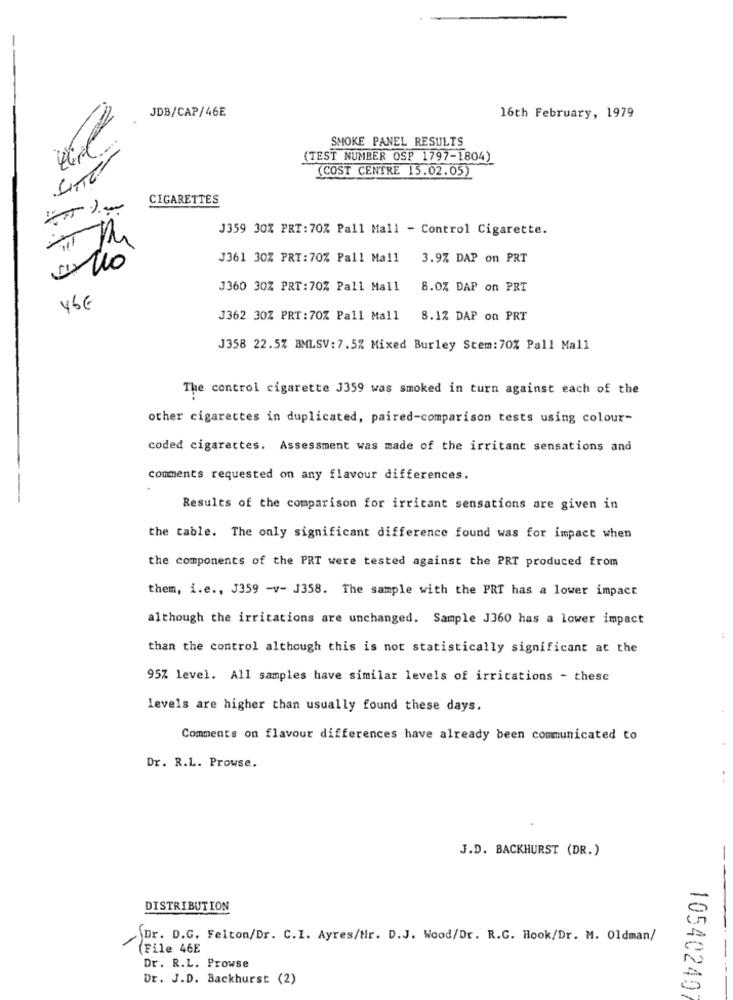
JDB/CAP/46E
16th February, 1979
SMOKE PANEL RESULTS
(TEST NUMBER OSP 1797-1804)
(COST CENTRE 15.02.05)
CIGARETTES
J359 30% PRT:70% Pall Mall - Control Cigarette.
J361 30% PRT:70% Pall Mall
3.9% DAP on PRT
J360 30% PRT:70% Pall Mall
8.0% DAP on PRT
46€
J362 30Z PRT:70% Pall Mall
8.1% DAP on PRT
J358 22.5% BMLSV: 7.5% Mixed Burley Stem: 70% Pall Mall
The control cigarette 3359 was smoked in turn against each of the
other cigarettes in duplicated, paired-comparison tests using colour-
coded cigarettes. Assessment was made of the irritant sensations and
comments requested on any flavour differences.
Results of the comparison for irritant sensations are given in
the table. The only significant difference found was for impact when
the components of the PRT were tested against the PRT produced from
them, i.e ., J359 -v- J358. The sample with the PRT has a lower impact
although the irritations are unchanged. Sample J360 has a lower impact
than the control although this is not statistically significant at the
95% level. All samples have similar levels of irritations - these
levels are higher than usually found these days.
Comments on flavour differences have already been communicated to
Dr. R.L. Prowse.
- -
J.D. BACKHURST (DR.)
-
DISTRIBUTION
Dr. D.G. Felton/Dr. C.I. Ayres/Nr. D.J. Wood/Dr. R.G. Hook/Dr. M. Oldman/
(File 46E
Dr. R.L. Prowse
Dr. J.D. Backhurst (2)
10540240
--